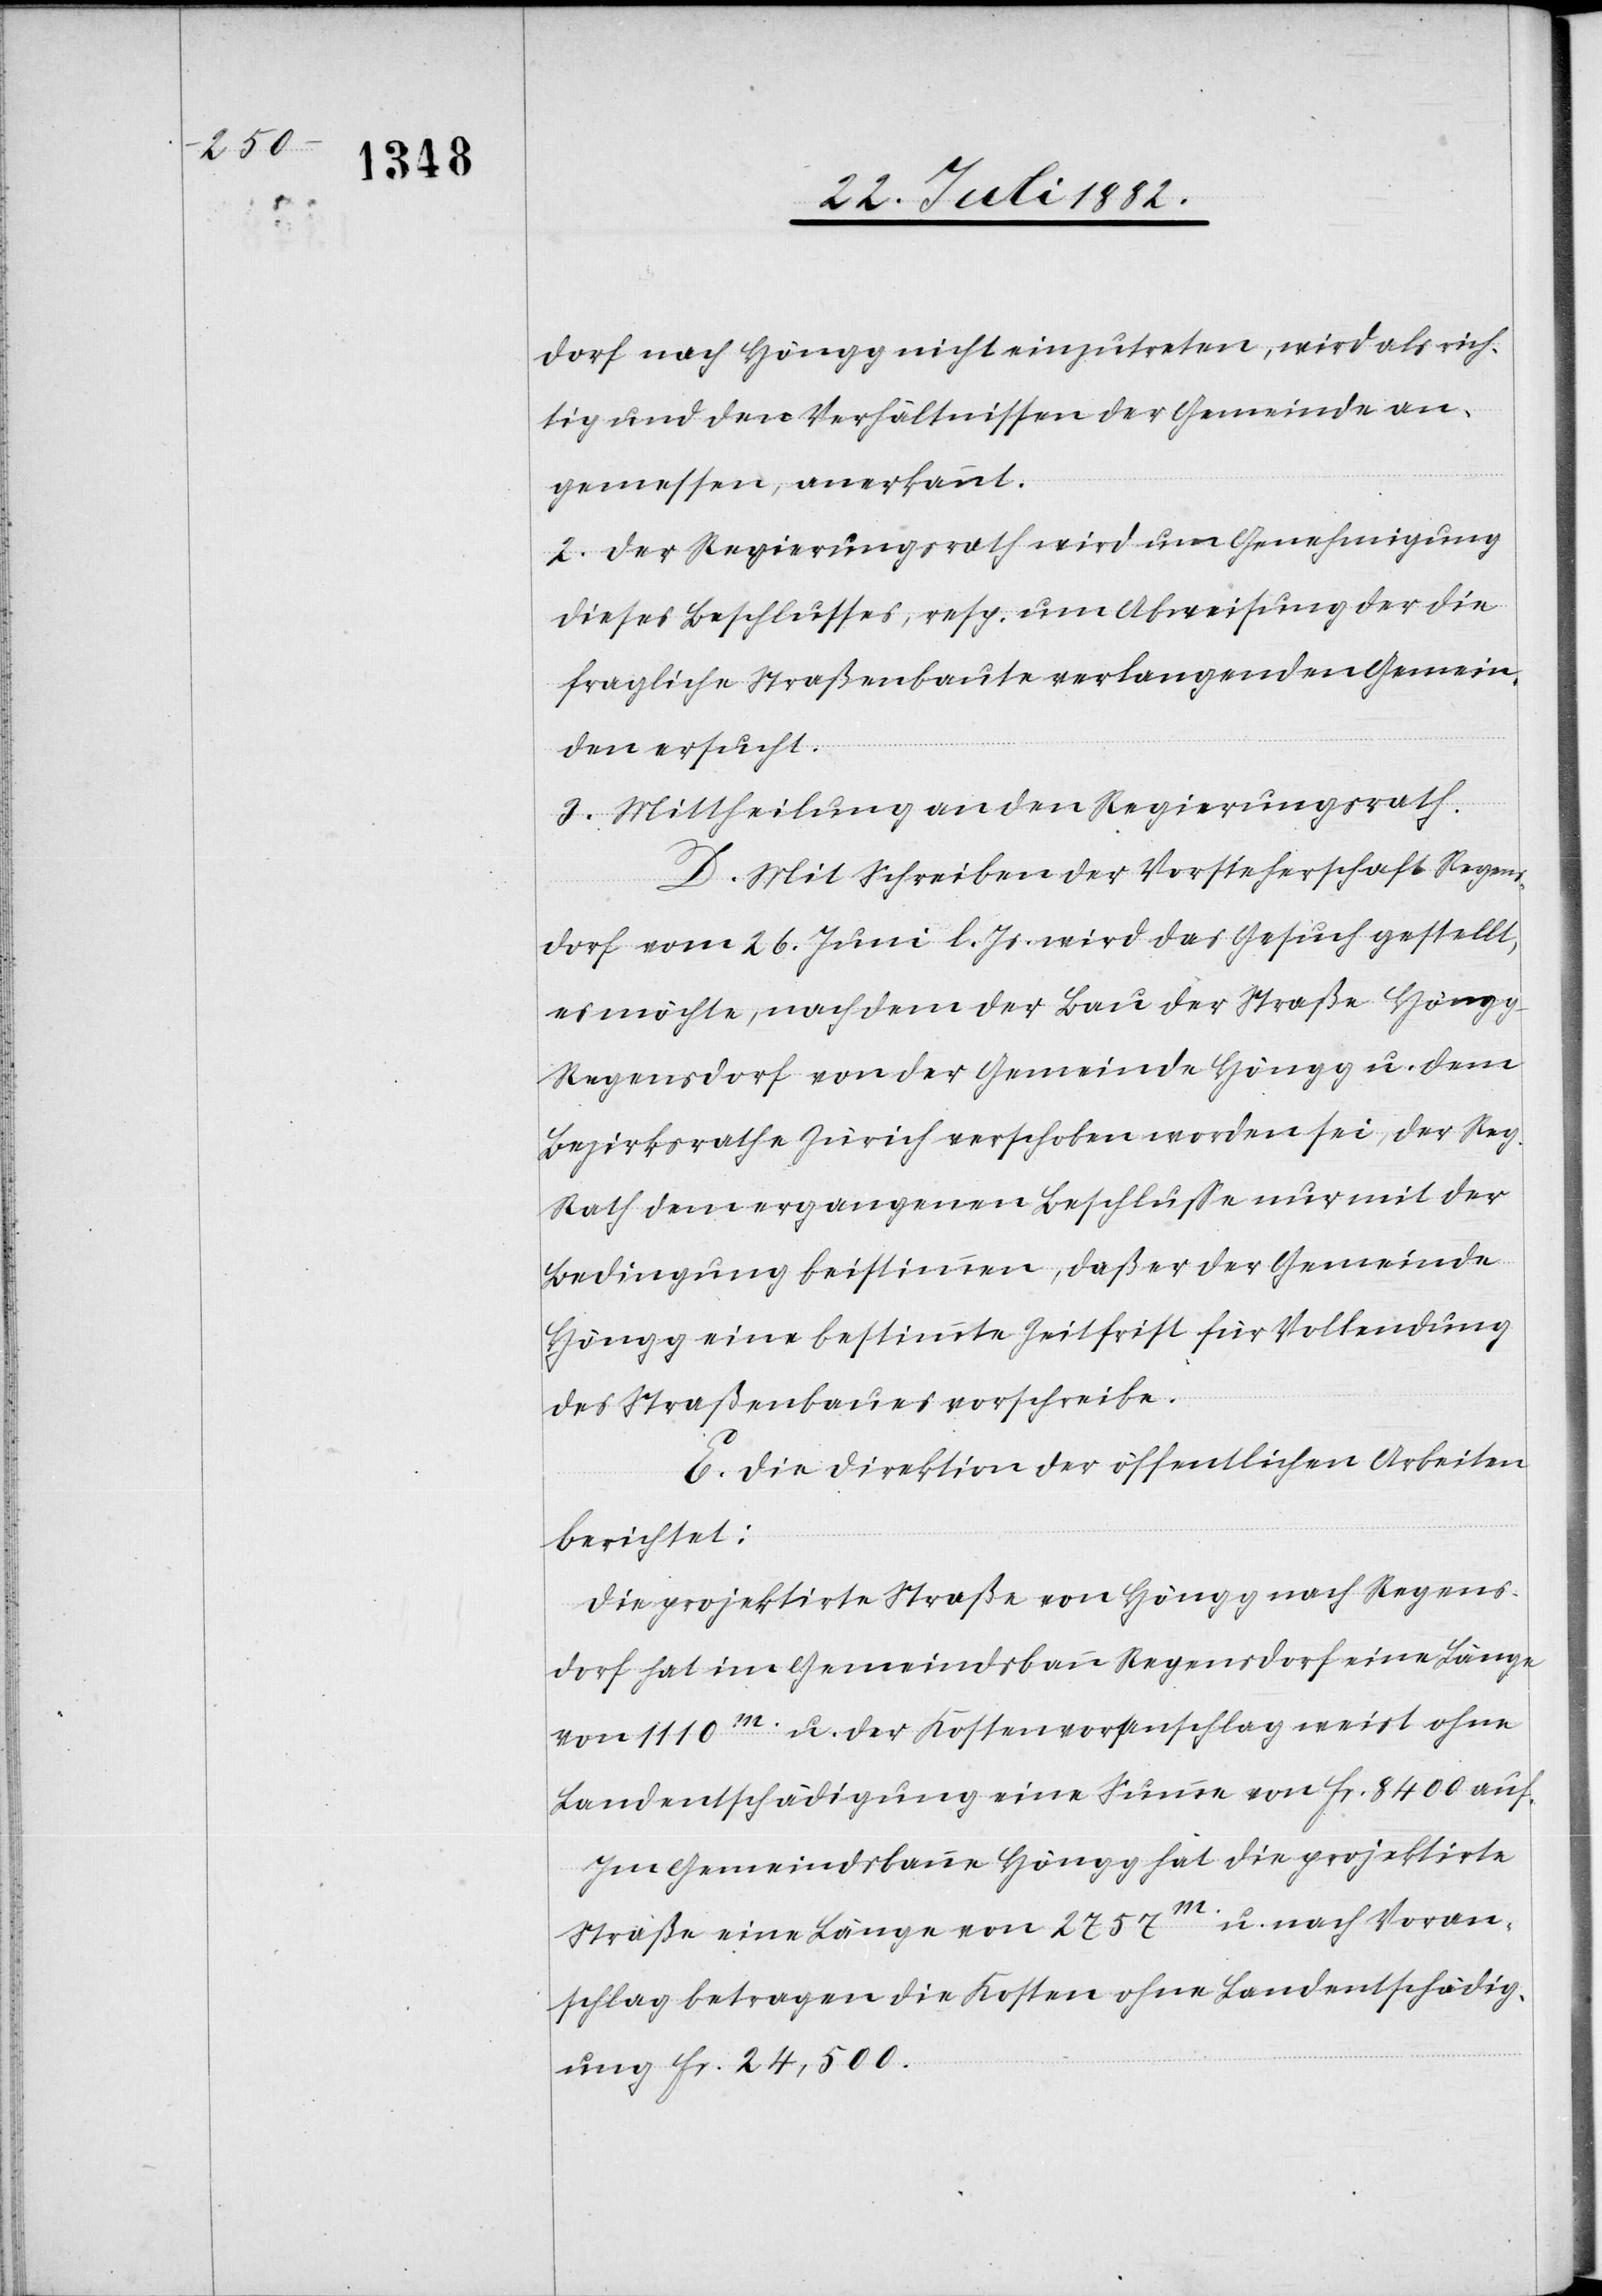
dorf nach Höngg nicht einzutreten, wird als rich¬
tig und den Verhältnissen der Gemeinde an¬
gemessen, anerkannt.
2. Der Regierungsrath wird um Genehmigung
dieses Beschlusses, resp. um Abweisung der die
fragliche Straßenbaute verlangenden Gemein¬
den ersucht.
3. Mittheilung an den Regierungsrath.
D. Mit Schreiben der Vorsteherschaft Regen¬
sdorf vom 26. Juni l. Js. wird das Gesuch gestellt,
es möchte, nachdem der Bau der Straße Höng¬
g–Regensdorf von der Gemeinde Höngg u. dem
Bezirksrathe Zürich verschoben worden sei, der Reg.
Rath dem ergangenen Beschlusse nur mit der
Bedingung beistimmen, daß er der Gemeinde
Höngg eine bestimmte Zeitfrist für Vollendung
des Straßenbaues vorschreibe.
E. Die Direktion der öffentlichen Arbeiten
berichtet:
Die projektirte Straße von Höngg nach Regens¬
dorf hat im Gemeindsbann Regensdorf eine Länge
von 1110m u. der Kostenvoranschlag weist ohne
Landentschädigung eine Summe von Fr. 8400 auf.
Im Gemeindsbanne Höngg hat die projektirte
Straße eine Länge von 2757m u. nach Voran¬
schlag betragen die Kosten ohne Landentschädig¬
ung Fr. 24,500.